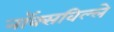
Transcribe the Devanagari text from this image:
नॉक्सविल्ले